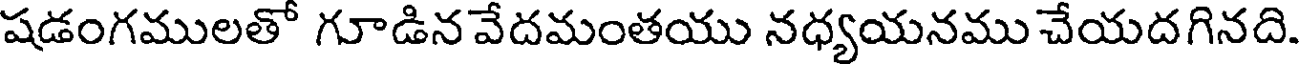
షడంగములతో గూడిన వేదమంతయు నధ్యయనము చేయదగినది.